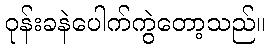
ဝုန်းခနဲပေါက်ကွဲတော့သည်။